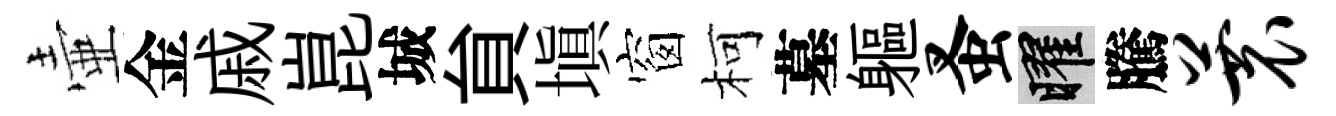
壷金戚崑城貟塡窗柯墓軀蚤曜騰蓑